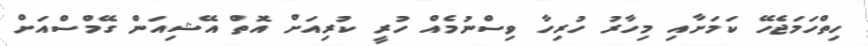
ހިތްހަމަޖެހޭ ކަމަށާއި މިހާރު ހުރިހާ ވިސްނުމެއް ހުރީ ކުރިއަށް އޮތް އޭޝިއަން ގޭމްސްއަށް